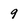
Character: 9